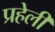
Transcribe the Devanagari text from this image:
प्रहेली